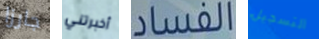
جارزا أخبرتني الفساد التسجيل